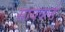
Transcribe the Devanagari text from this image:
सायवर्ल्ड